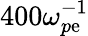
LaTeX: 400\omega_{p\mathrm{e}}^{-1}